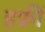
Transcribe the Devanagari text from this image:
हफ्रीं